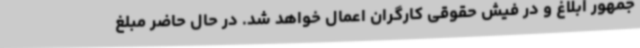
جمهور ابلاغ و در فیش حقوقی کارگران اعمال خواهد شد. در حال حاضر مبلغ